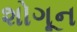
શોગૂન